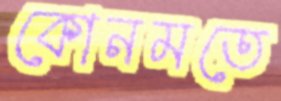
কোনমতে